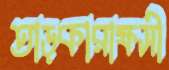
তাড়কারাক্ষসী